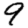
Digit: 9